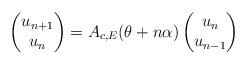
LaTeX: \begin{align*}\left(\begin{matrix}u_{n+1}\\u_{n}\end{matrix}\right)=A_{c,E}(\theta+n\alpha)\left(\begin{matrix}u_{n}\\u_{n-1}\end{matrix}\right)\end{align*}